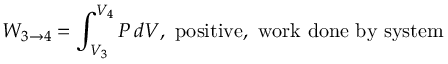
W _ { 3 \to 4 } = \int _ { V _ { 3 } } ^ { V _ { 4 } } P \, d V , \, \, { \mathrm { p o s i t i v e , ~ w o r k ~ d o n e ~ b y ~ s y s t e m } }